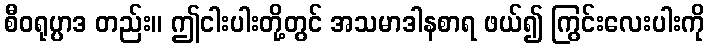
စီဝရုပ္ပာဒ တည်း။ ဤငါးပါးတို့တွင် အသမာဒါနစာရ ဖယ်၍ ကြွင်းလေးပါးကို